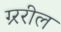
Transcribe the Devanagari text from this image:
ग्र्ररील